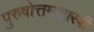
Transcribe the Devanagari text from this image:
पुरुषोत्तमशास्त्री